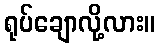
ရုပ်ချောလို့လား။